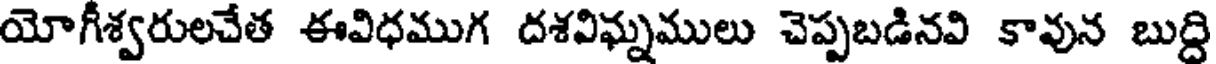
యోగీశ్వరులచేత ఈవిధముగ దశవిఘ్నములు చెప్పబడినవి కావున బుద్ది